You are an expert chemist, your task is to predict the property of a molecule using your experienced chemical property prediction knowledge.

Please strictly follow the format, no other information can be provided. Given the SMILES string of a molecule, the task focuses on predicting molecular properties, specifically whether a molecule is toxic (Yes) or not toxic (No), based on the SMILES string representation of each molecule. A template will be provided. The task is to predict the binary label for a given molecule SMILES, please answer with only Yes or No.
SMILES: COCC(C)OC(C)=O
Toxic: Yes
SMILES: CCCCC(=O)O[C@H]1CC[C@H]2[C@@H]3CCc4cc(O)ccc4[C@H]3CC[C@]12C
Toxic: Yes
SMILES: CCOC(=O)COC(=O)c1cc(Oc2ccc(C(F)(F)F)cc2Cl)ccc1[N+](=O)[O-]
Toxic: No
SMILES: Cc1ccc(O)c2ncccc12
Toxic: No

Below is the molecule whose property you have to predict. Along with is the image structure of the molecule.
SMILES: NCCCC(=O)O
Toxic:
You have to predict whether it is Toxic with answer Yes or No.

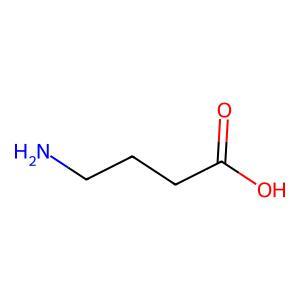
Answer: No